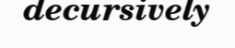
decursively